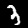
Digit: 3